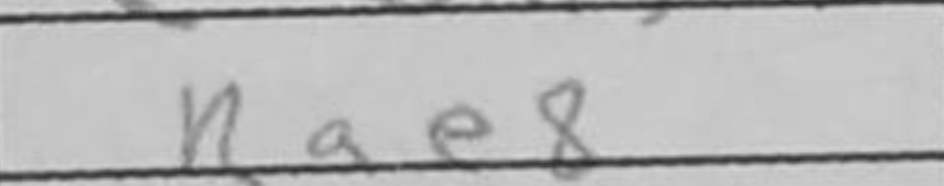
Transcription: Rae8